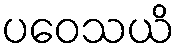
ပဝေသယိ